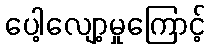
ပေါ့လျော့မှုကြောင့်